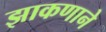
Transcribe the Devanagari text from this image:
झाकणाने